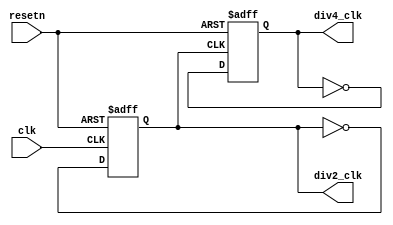
//module clkDivider 
module clkDivider (
	
	input clk,
	input resetn,
	
	output reg div2_clk,
	output reg div4_clk
);

	always @(negedge resetn or posedge clk)	// At every positive edge of the clock
		begin
			if  (~resetn)
				div2_clk <= 1'b0;		 // 
			else
				div2_clk <= ~div2_clk;         //
		end

	always @(negedge resetn or posedge div2_clk)	// At every positive edge of the clock
		begin
			if  (~resetn)
				div4_clk <= 1'b0;		 // 
			else
				div4_clk <= ~div4_clk;         //
		end

		

endmodule // counter